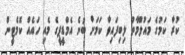
ކުރާ ކަމުގެ މައުލޫމާތު ލިބިފައިވާ ކަމަށް ބުނެ އެމްޑީޕީގެ މެއި ހައެއް ކޮމެޓީން